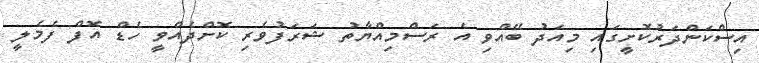
އިސްކަންދަރުކޮށީގައި މިއަދު ބޭއްވި އެ ރަސްމިއްޔާތު ޝަރަފުވެރި ކޮށްދެއްވީ ހެޑް އޮފް ފެމެލީ